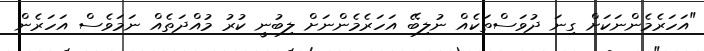
"އަހަރެމެންނަކަށް ގިނަ ދުވަސްތަކެއް ނުލިބޭ އަހަރެމެންނަށް ލިބުނީ ކުރު މުއްދަތެއް ނަމަވެސް އަހަރެން